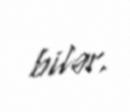
bilər.